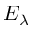
E _ { \lambda }